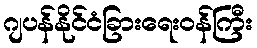
ဂျပန်နိုင်ငံခြားရေးဝန်ကြီး